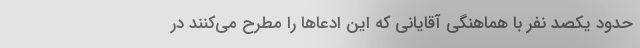
حدود یکصد نفر با هماهنگی آقایانی که این ادعاها را مطرح می‌کنند در